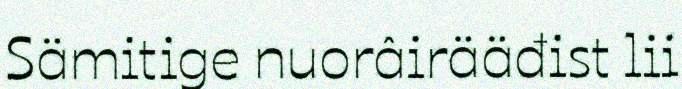
Sämitige nuorâirääđist lii